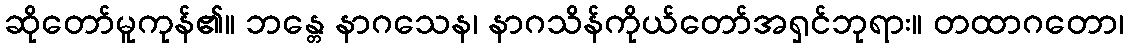
ဆိုတော်မူကုန်၏။ ဘန္တေ နာဂသေန၊ နာဂသိန်ကိုယ်တော်အရှင်ဘုရား။ တထာဂတော၊